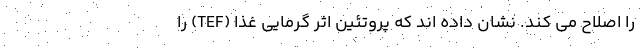
را اصلاح می کند. نشان داده اند که پروتئین اثر گرمایی غذا (TEF) را